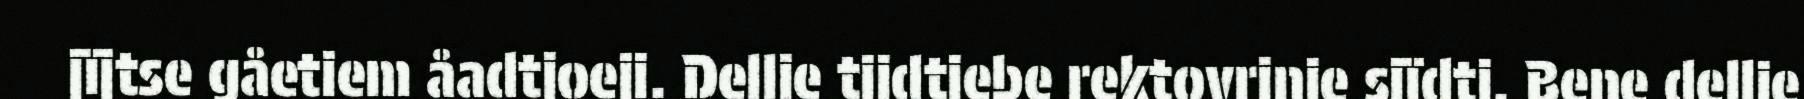
jïjtse gåetiem åadtjoeji. Dellie tjidtjebe rektovrinie sjïdti. Bene dellie